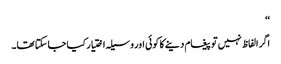
‘‘
اگر الفاظ نہیں تو پیغام دینے کا کوئی اور وسیلہ اختیار کیا جاسکتا تھا۔